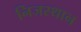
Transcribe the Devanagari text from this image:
निजस्थान